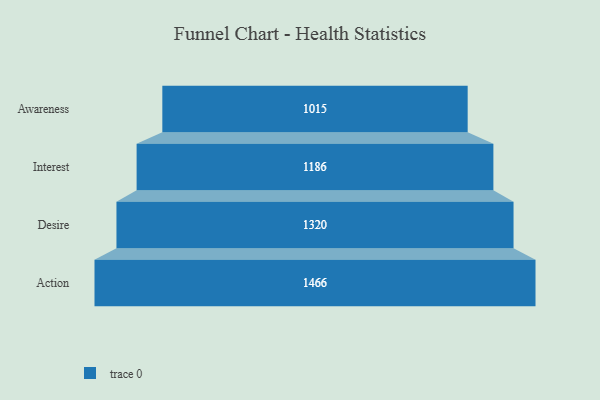
{"axis": {"x": "Stage", "y": "Value"}, "legend": [""], "data": [{"x": "Awareness", "y": 1015.0, "type": ""}, {"x": "Interest", "y": 1186.0, "type": ""}, {"x": "Desire", "y": 1320.0, "type": ""}, {"x": "Action", "y": 1466.0, "type": ""}]}